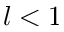
l < 1